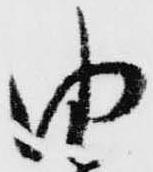
由